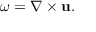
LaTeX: { \boldsymbol { \omega } } = \nabla \times \mathbf { u } .